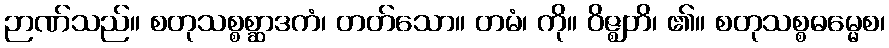
ဉာဏ်သည်။ စတုသစ္စစ္ဆာဒကံ၊ တတ်သော။ တမံ၊ ကို။ ဝိဇ္ဈတိ၊ ၏။ စတုသစ္စဓမ္မေစ၊